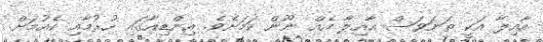
އާއިލާ އަކީ ތަނަވަސް އާއިލާ އެއް ނޫން ކަމަށެވެ. އިންޑިއާގައި ހުރުމާއި ކެއުމަށް